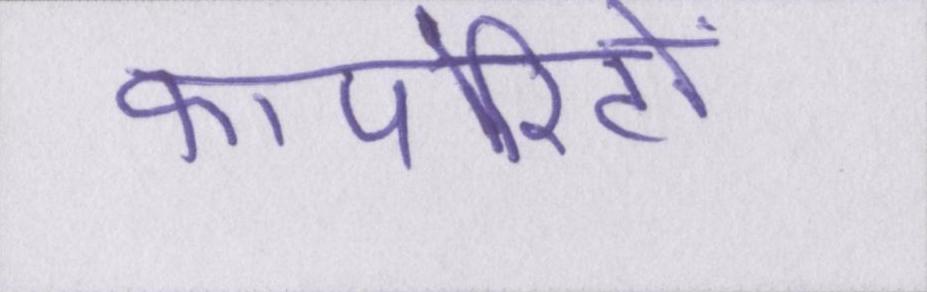
कार्पोरेटों